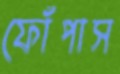
ফোঁপাস